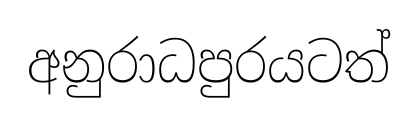
අනුරාධපුරයටත්